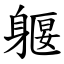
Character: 躽